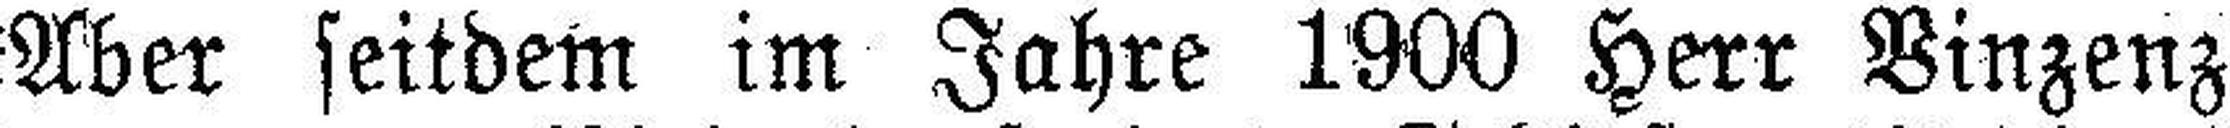
Aber seitdem im Jahre 1900 Herr Vinzenz